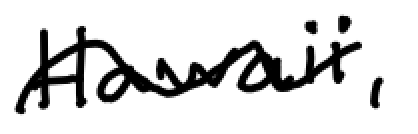
Text: Hawaii,
Cross-out: wave
Writing tool: digital_black